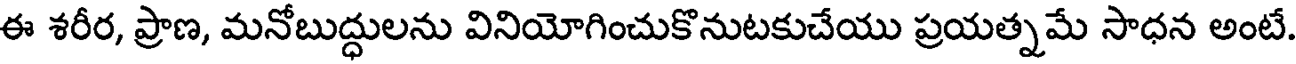
ఈ శరీర, ప్రాణ, మనోబుద్ధులను వినియోగించుకొనుటకుచేయు ప్రయత్నమే సాధన అంటే.